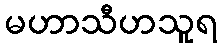
မဟာသီဟသူရ